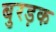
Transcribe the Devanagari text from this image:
बुरड़क